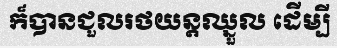
ក៏បានជួលរថយន្តឈ្នួល ដើម្បី